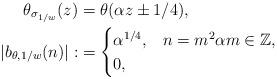
LaTeX: \begin{align*}\theta_{\sigma_{1/w}}(z)&= \theta(\alpha z\pm 1/4),\\|b_{\theta,1/w}(n)|:&=\begin{cases}\alpha^{1/4}, &n=m^2\alpha m \in \mathbb{Z}, \\ 0, &\end{cases}\end{align*}